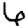
Digit: 6